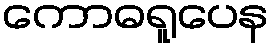
ကောဓရူပေန